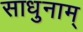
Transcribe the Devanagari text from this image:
साधुनाम्